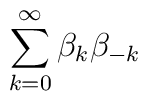
\sum\limits_{k=0}^{\infty }\beta _{k}\beta _{-k}